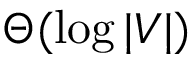
\Theta ( \log | V | )